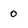
Character: 0